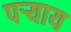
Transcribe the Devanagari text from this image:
पऱ्याय